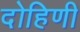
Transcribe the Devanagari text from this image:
दोहिणी